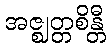
အဇ္ဈတ္တစိန္တီ